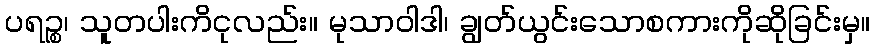
ပရဉ္စ၊ သူတပါးကိငုလည်း။ မုသာဝါဒါ၊ ချွတ်ယွင်းသောစကားကိုဆိုခြင်းမှ။